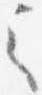
之